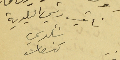
نائب رئيس البلدية شكري كنعان